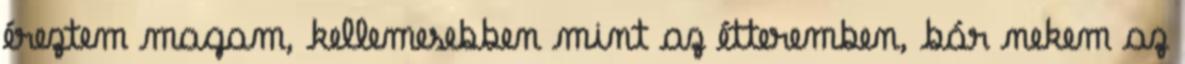
éreztem magam, kellemesebben mint az étteremben, bár nekem az